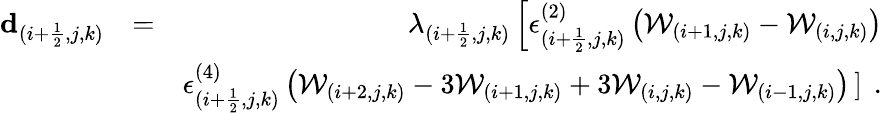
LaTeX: \begin{array}{rlr}{\mathbf{d}_{(i+\frac{1}{2},j,k)}}&{=}&{\lambda_{(i+\frac{1}{2},j,k)}\left[\epsilon_{(i+\frac{1}{2},j,k)}^{(2)}\left(\mathcal{W}_{(i+1,j,k)}-\mathcal{W}_{(i,j,k)}\right)\right.}\\ &{}&{\epsilon_{(i+\frac{1}{2},j,k)}^{(4)}\left(\mathcal{W}_{(i+2,j,k)}-3\mathcal{W}_{(i+1,j,k)}+3\mathcal{W}_{(i,j,k)}-\mathcal{W}_{(i-1,j,k)}\right)\left.\right]\, \mathrm{~.}}\end{array}